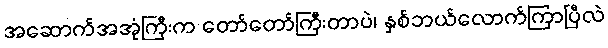
အဆောက်အအုံကြီးက တော်တော်ကြီးတာပဲ၊ နှစ်ဘယ်လောက်ကြာပြီလဲ